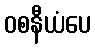
ဝစနီယံပေ